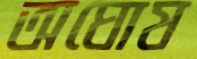
অঘোষ